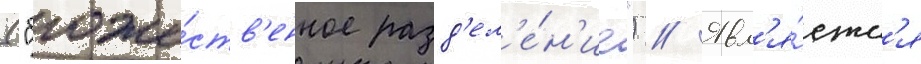
("боже́ств'енное разд'ел'е́н'ие") // Явл'я́етс'я